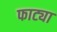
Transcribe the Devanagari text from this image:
फाट्या